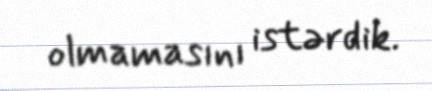
olmamasını istərdik.